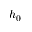
h _ { 0 }